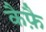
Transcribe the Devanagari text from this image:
कैफ़ै